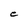
Character: e